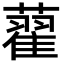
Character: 藋